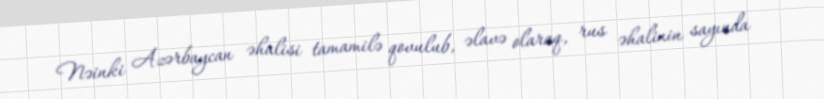
Nəinki Azərbaycan əhalisi tamamilə qovulub, əlavə olaraq, rus əhalinin sayında